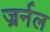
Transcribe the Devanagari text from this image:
ज्रर्नल